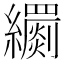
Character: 𦇧